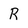
Character: R